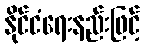
နိုင်ငံရေးနည်းဖြင့်